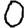
Digit: 0